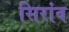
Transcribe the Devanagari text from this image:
सिरांव